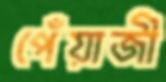
পেঁয়াজী